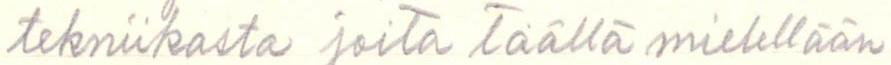
tekniikasta joita täällä mielellään